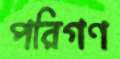
পরিগণ